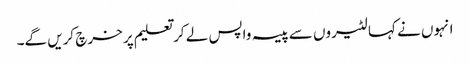
انہوں نے کہا لٹیروں سے پیسہ واپس لے کر تعلیم پر خرچ کریں گے۔